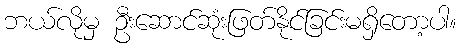
ဘယ်လိုမှ ဦးဆောင်ဆုံးဖြတ်နိုင်ခြင်းမရှိတော့ပါ။